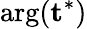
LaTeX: \mathrm{{arg}(\mathbf{t}^{*})}